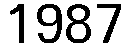
1987